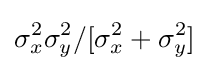
\sigma _{x}^{2}\sigma _{y}^{2}/[\sigma _{x}^{2}+\sigma _{y}^{2}]